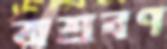
অশ্রবণ